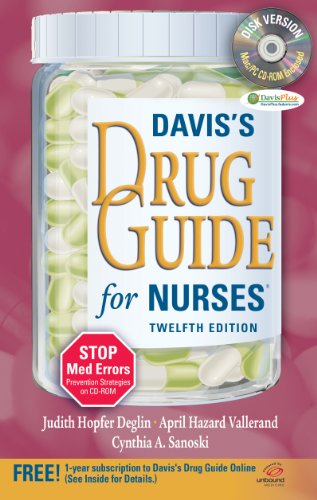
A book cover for Davis's Drug Guide for Nurses + Resource Kit CD-ROM; Judith Hopfer Deglin PharmD; Medical Books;